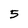
Character: 5